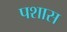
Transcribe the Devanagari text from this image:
पशास